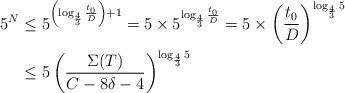
LaTeX: \begin{align*}5^N &\leq 5^{ \left( \log_\frac{4}{3} \frac{t_0}{D} \right) + 1} = 5 \times 5^{\log_\frac{4}{3} \frac{t_0}{D}}= 5 \times \left( \frac{t_0}{D} \right)^{\log_\frac{4}{3} 5} \\&\leq 5 \left( \frac{\Sigma(T)}{C - 8 \delta - 4} \right) ^{\log_\frac{4}{3} 5}\end{align*}